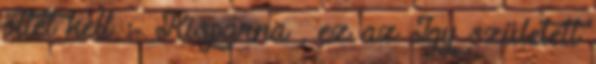
ötlet kell :- Kispárna , ez az Így született